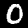
Digit: 0